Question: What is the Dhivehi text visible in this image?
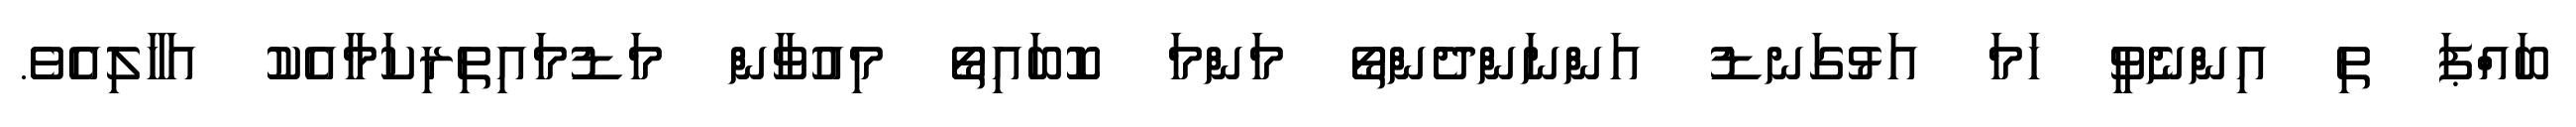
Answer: ބައްޕަ ތި އިންނެވީ ހަމަ އަޅުގަނޑު އަންނަންދެންތޯ މަންމަ ކޮބައިތޯ މިއުވާން މަޑުމައިތިރިކަމާއެކު އަހާލިއެވެ.